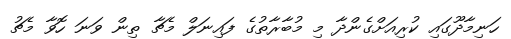
ހަނިމާދޫގައި ކުރިއަށްގެންދާ މި މުބާރާތުގެ ފައިނަލް މެޗާ ތިން ވަނަ ހޮވާ މެޗު